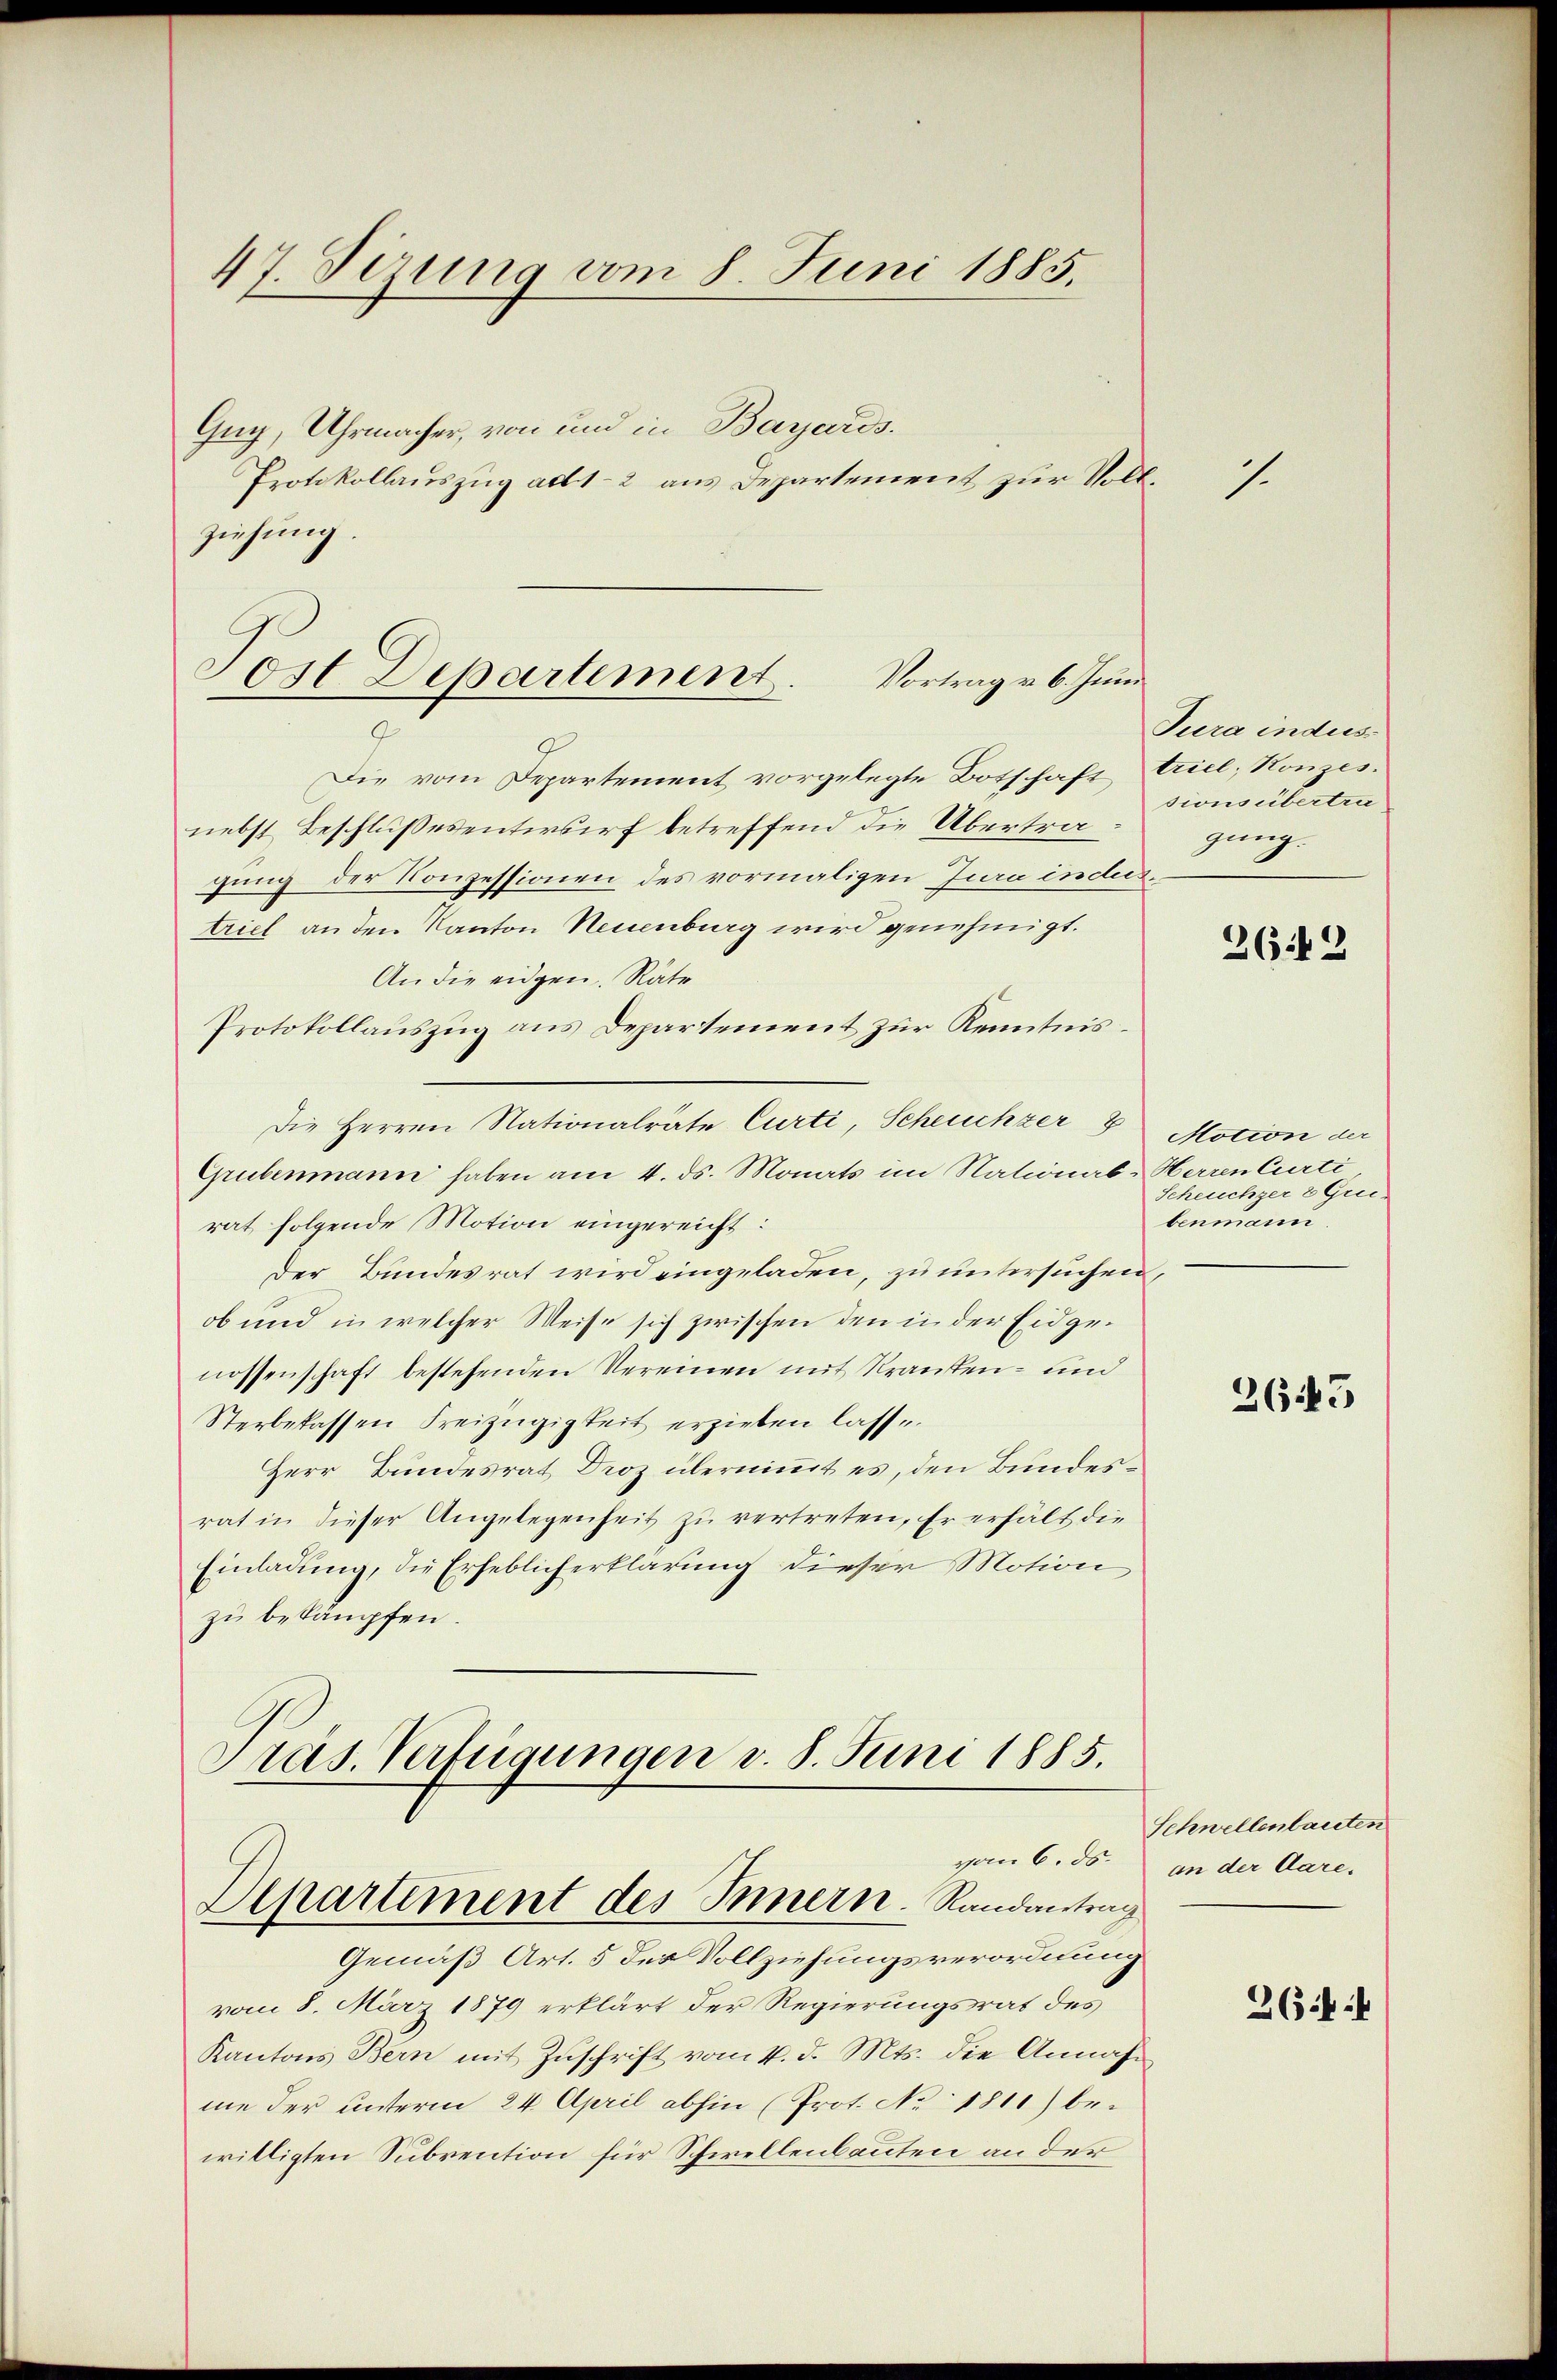
47. Sizung vom 8. Juni 1885.

Gug, Uhrmacher, von und in Bayards¬
Protokollauszug ad 1-2 aus Departement zur Vollziehung.
Die vom Departement vorgelegte Botschaft triel, Konzes.
nebst Beschlußesentwurf betreffend die Übertragung der Konzessionen des vormaligen Jura indestriel an den Kanton Neuenburg wird genehmigt.
An die eidgen. Räte
Protokollauszug aus Departement zur Kenntnis¬
Die Herren Nationalräte Curti, Scheuchzer 8
Grubenmann haben am 4. ds. Monats im National-Haren Curti
rat folgende Motion eingereicht:
Der Bundesrat wird eingeladen, zu untersuchen,
ob und in welcher Weise sich zwischen den in der Eidgenossenschaft bestehenden Vereinen mit Kranken- und
Sterbefassen Freizügigkeit erziehen lasse.
Herr Bundesrat Droz übernimmt es, den Bundesrat in dieser Angelegenheit zŭ vertreten, Er erhält die
Einladung, die Erheblicherklärung dieser Motion
zu bekämpfen.
Präs. Verfügungen v. 8. Juni 1885.

Tost Departement.
Vortrag v. 6. Juni

Departement des Innern. Randantrag

Gemäß Art. 5 des Vollziehungsverordnung
vom 8. März 1879 erklärt der Regierungsrat des
Kantons Bern mit Zŭschrift vom 4. d. Mts. die Annahme der unterm 24. April abhin (Prot. No. 1811) be-
willigten Subrention für Schwellenbauten an der

7.

Tura indes
sionsübertra
gung.

2619

Motion der
Scheuchzer 2 Greibenmann.

2645

Schwellenlauten
vom 6. ds. an der Aare.

26: